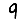
Digit: 9